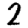
Digit: 2